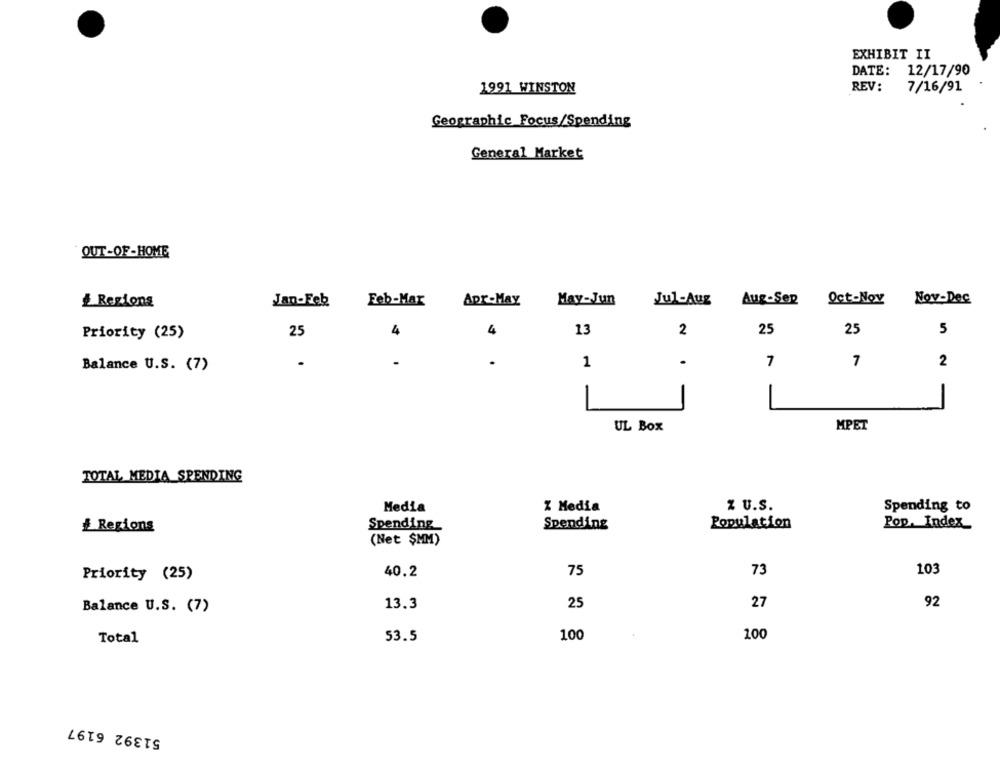
EXHIBIT II
DATE: 12/17/90
1991 WINSTON
REV:
7/16/91
Geographic Focus/Spending
General Market
OUT-OF -HOME
Oct-Nov
Nov-Dec
& Regions
Jan-Feb
Feb-Mar
Apr-May
May-Jun
Jul-Aug
Aug-Sep
13
25
25
Priority (25)
25
4
4
2
5
.
7
Balance U.S. (7)
-
1
7
2
-
-
-
-
UL Box
MPET
TOTAL MEDIA_SPENDING
Z U.S.
Spending to
Media
% Media
# Regions
Spending
Spending
Population
Pop, Index
(Net $MM)
103
Priority (25)
40.2
75
73
13.3
25
27
92
Balance U.S. (7)
Total
53.5
100
100
51392 6197